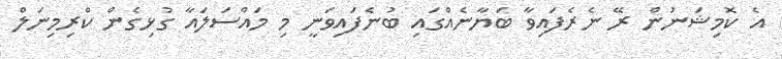
އެ ކޮމިޝަނުން ރޭ ނެރެފައިވާ ބަޔާނެއްގައި ބުނެފައިވަނީ މި މައްސަލައާ ގުޅިގެން ކްރިމިނަލް